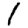
Digit: 1